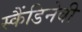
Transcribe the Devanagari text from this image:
स्कैंडिनेवी